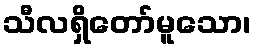
သီလရှိတော်မူသော၊